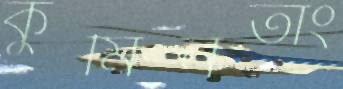
কুমিনতাং